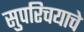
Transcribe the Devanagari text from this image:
सुपरिचयाचे